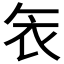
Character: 𮕦